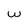
Character: w